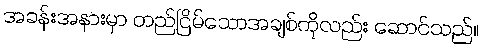
အခန်းအနားမှာ တည်ငြိမ်သောအချစ်ကိုလည်း ဆောင်သည်။